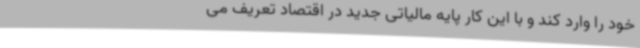
خود را وارد کند و با این کار پایه مالیاتی جدید در اقتصاد تعریف می